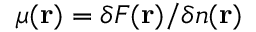
\mu ( \mathbf { r } ) = \delta F ( \mathbf { r } ) / \delta n ( \mathbf { r } )